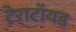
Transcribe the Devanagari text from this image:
टेराटॉयड